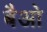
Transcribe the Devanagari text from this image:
बैओ